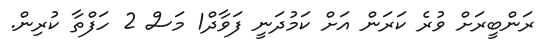
ރަންބީރަށް ވުރެ ކަރަން އަށް ކަމުދަނީ ފަވާދް1 މަސް 2 ހަފްތާ ކުރިން.